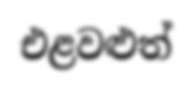
එළවළුත්